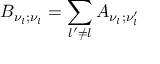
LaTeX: B _ { \nu _ { l } ; \nu _ { l } } = \sum _ { l ^ { \prime } \neq l } A _ { \nu _ { l } ; \nu _ { l } ^ { \prime } }